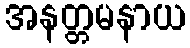
အနတ္တမနာယ